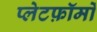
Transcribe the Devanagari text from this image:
प्लेटफ़ॉर्मों